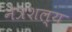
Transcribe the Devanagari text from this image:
नेत्रशल्य